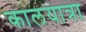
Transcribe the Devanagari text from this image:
कालयात्रा